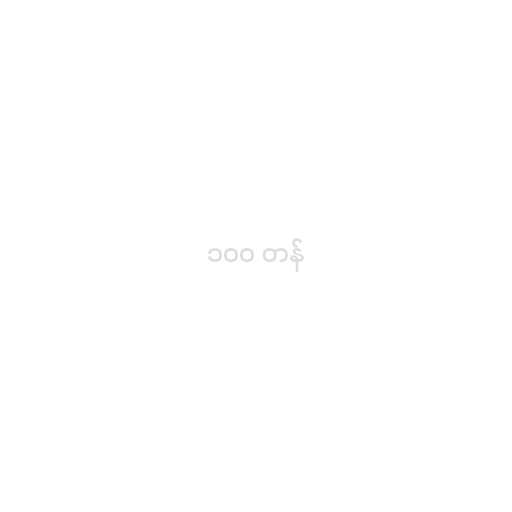
၁၀၀ တန်